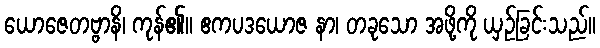
ယောဇေတဗ္ဗာနိ၊ ကုန်၏။ ဧကပဒယောဇ နာ၊ တခုသော အဖို့ကို ယှဉ်ခြင်းသည်။